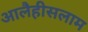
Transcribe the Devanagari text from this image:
आलैहीसलाम